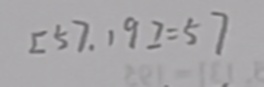
[ 5 7 . 1 9 ] = 5 7